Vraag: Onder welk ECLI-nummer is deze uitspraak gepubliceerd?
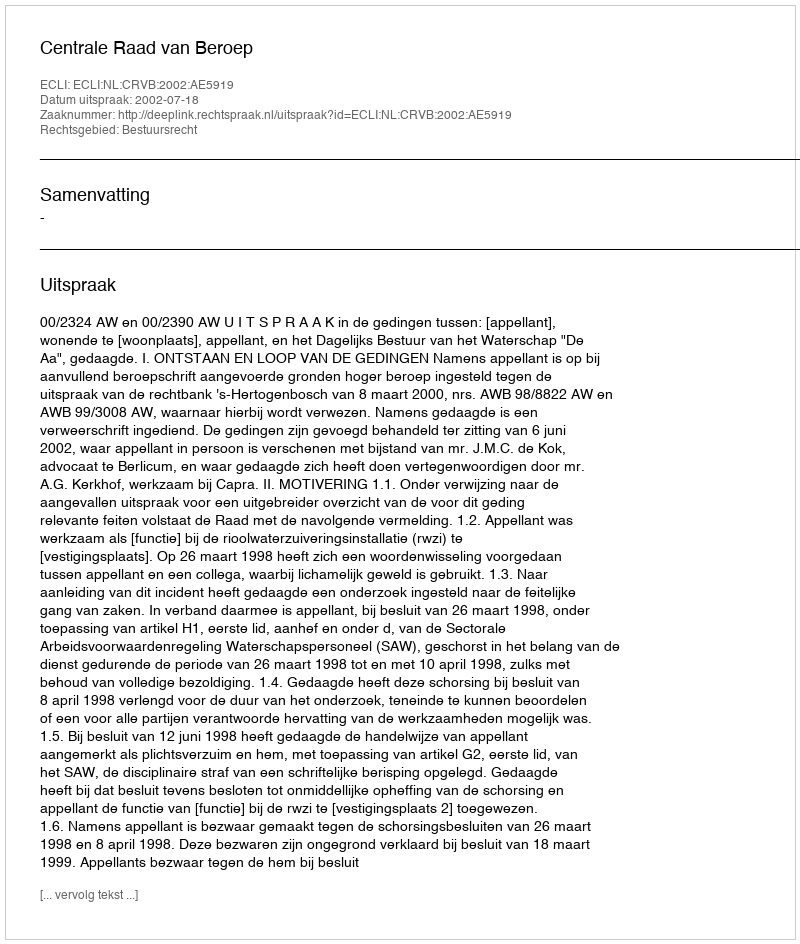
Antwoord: ECLI:NL:CRVB:2002:AE5919